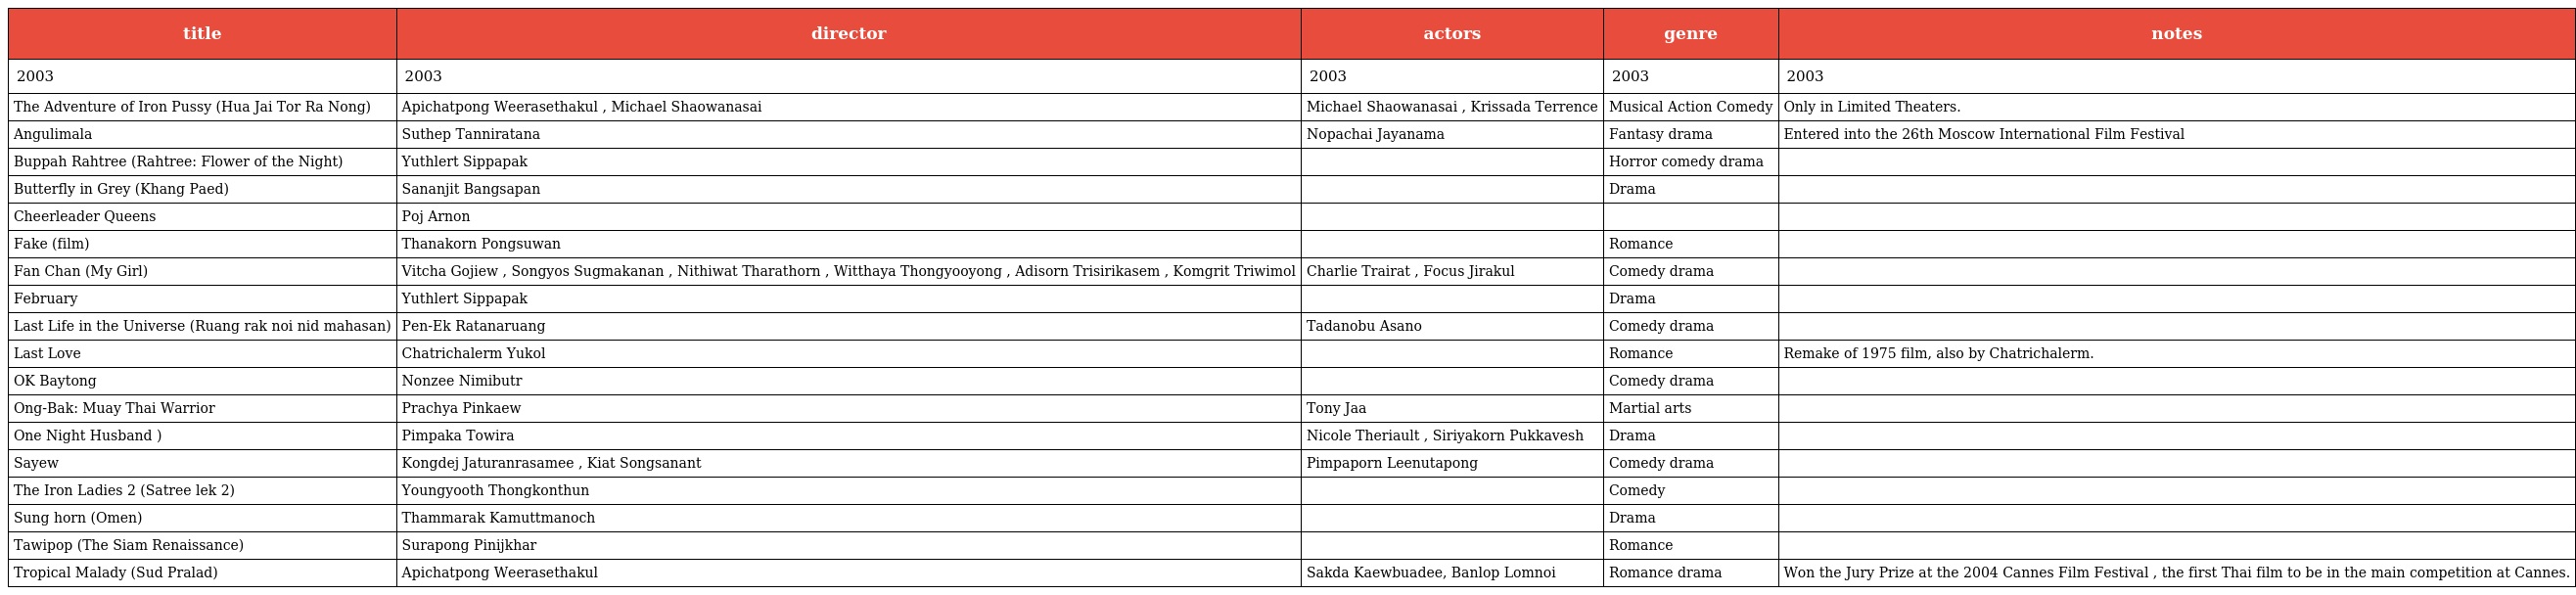
| title | director | actors | genre | notes |
 | --- | --- | --- | --- | --- |
 | 2003 | 2003 | 2003 | 2003 | 2003 |
 | The Adventure of Iron Pussy (Hua Jai Tor Ra Nong) | Apichatpong Weerasethakul , Michael Shaowanasai | Michael Shaowanasai , Krissada Terrence | Musical Action Comedy | Only in Limited Theaters. |
 | Angulimala | Suthep Tanniratana | Nopachai Jayanama | Fantasy drama | Entered into the 26th Moscow International Film Festival |
 | Buppah Rahtree (Rahtree: Flower of the Night) | Yuthlert Sippapak |  | Horror comedy drama |  |
 | Butterfly in Grey (Khang Paed) | Sananjit Bangsapan |  | Drama |  |
 | Cheerleader Queens | Poj Arnon |  |  |  |
 | Fake (film) | Thanakorn Pongsuwan |  | Romance |  |
 | Fan Chan (My Girl) | Vitcha Gojiew , Songyos Sugmakanan , Nithiwat Tharathorn , Witthaya Thongyooyong , Adisorn Trisirikasem , Komgrit Triwimol | Charlie Trairat , Focus Jirakul | Comedy drama |  |
 | February | Yuthlert Sippapak |  | Drama |  |
 | Last Life in the Universe (Ruang rak noi nid mahasan) | Pen-Ek Ratanaruang | Tadanobu Asano | Comedy drama |  |
 | Last Love | Chatrichalerm Yukol |  | Romance | Remake of 1975 film, also by Chatrichalerm. |
 | OK Baytong | Nonzee Nimibutr |  | Comedy drama |  |
 | Ong-Bak: Muay Thai Warrior | Prachya Pinkaew | Tony Jaa | Martial arts |  |
 | One Night Husband ) | Pimpaka Towira | Nicole Theriault , Siriyakorn Pukkavesh | Drama |  |
 | Sayew | Kongdej Jaturanrasamee , Kiat Songsanant | Pimpaporn Leenutapong | Comedy drama |  |
 | The Iron Ladies 2 (Satree lek 2) | Youngyooth Thongkonthun |  | Comedy |  |
 | Sung horn (Omen) | Thammarak Kamuttmanoch |  | Drama |  |
 | Tawipop (The Siam Renaissance) | Surapong Pinijkhar |  | Romance |  |
 | Tropical Malady (Sud Pralad) | Apichatpong Weerasethakul | Sakda Kaewbuadee, Banlop Lomnoi | Romance drama | Won the Jury Prize at the 2004 Cannes Film Festival , the first Thai film to be in the main competition at Cannes. |